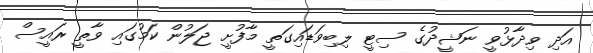
އަދި ވިދާޅުވީ ނަޝީދުގެ ސިޓީ ލިބިވަޑައިގަތީ މާފުށީ ޖަލުން ކަމުގައި ވާތީ ރައީސް